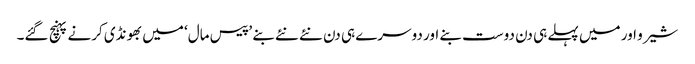
شیرو اور میں پہلے ہی دن دوست بنے اور دوسرے ہی دن نئے نئے بنے ’پیس مال‘ میں بھونڈی کرنے پہنچ گئے۔